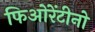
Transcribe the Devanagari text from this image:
फिओरेंटीनो